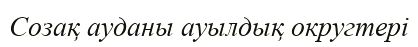
Созақ ауданы ауылдық округтері